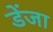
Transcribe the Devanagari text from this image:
डेंजा